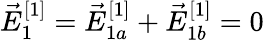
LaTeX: \vec{E}_{1}^{[1]}=\vec{E}_{1a}^{[1]}+\vec{E}_{1b}^{[1]}=0